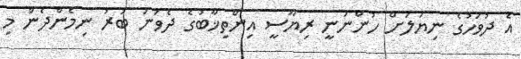
އެ ދުވަހުގެ ނިޔަލަށް ހުންނަނީ ރިޔާސީ އިންތިޚާބުގެ ދެވަނަ ބުރު ނިމެންދެން މި